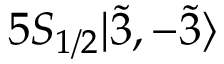
5 S _ { 1 / 2 } | \Tilde { 3 } , - \Tilde { 3 } \rangle